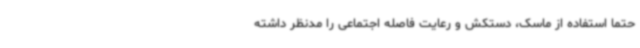
حتماً استفاده از ماسک، دستکش و رعایت فاصله اجتماعی را مدنظر داشته